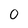
Character: 0